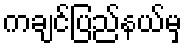
ကချင်ပြည်နယ်မှ